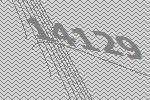
14129